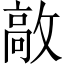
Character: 㪣